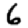
Digit: 6